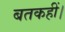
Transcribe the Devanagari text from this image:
बतकहीं।